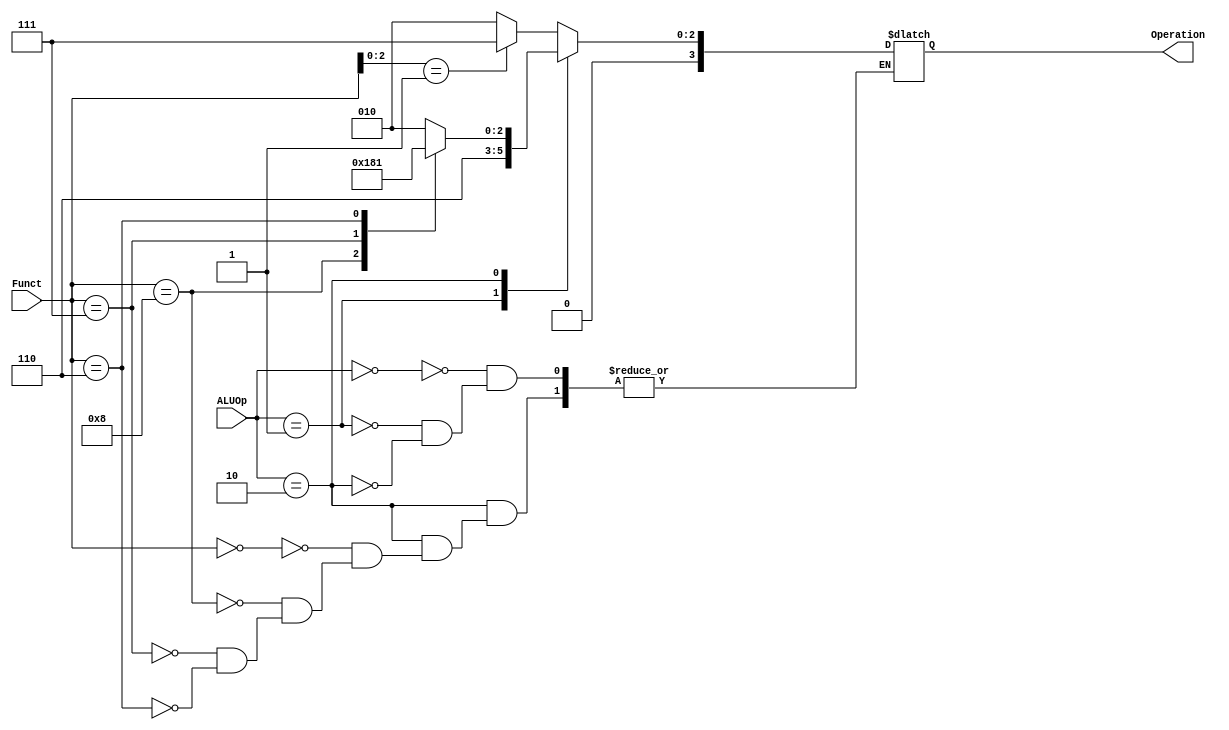
module ALU_Control(
  input [1:0] ALUOp,
  input [3:0] Funct,
  output reg [3:0] Operation);

 always @(*)
    begin
      //performs operation according
      //to ALUop and funct
      case(ALUOp )
        2'b00: 
          case ({Funct[2:0]})
            3'b001: Operation = 4'b0111; //slli
            default: Operation = 4'b0010; //add etc.
          endcase
        2'b01:
          Operation = 4'b0110;
        2'b10 :
          case(Funct)
            4'b0000:
             Operation = 4'b0010;
            4'b1000:
             Operation = 4'b0110;
            4'b0111:
             Operation = 4'b0000;
            4'b0110:
             Operation = 4'b0001;
          endcase
      endcase
    end
endmodule